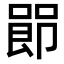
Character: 𪡰